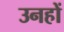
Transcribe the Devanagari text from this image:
उनहों